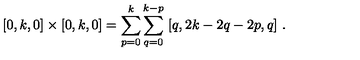
[ 0 , k , 0 ] \times [ 0 , k , 0 ] = \sum _ { p = 0 } ^ { k } \sum _ { q = 0 } ^ { k - p } \ [ q , 2 k - 2 q - 2 p , q ] \ .